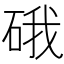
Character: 硪